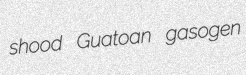
shood Guatoan gasogen